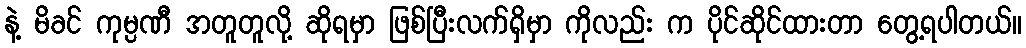
နဲ့ မိခင် ကုမ္ပဏီ အတူတူလို့ ဆိုရမှာ ဖြစ်ပြီးလက်ရှိမှာ ကိုလည်း က ပိုင်ဆိုင်ထားတာ တွေ့ရပါတယ်။